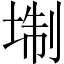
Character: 𡍘